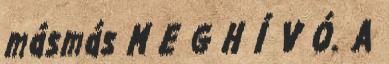
másmás M E G H Í V Ó. A